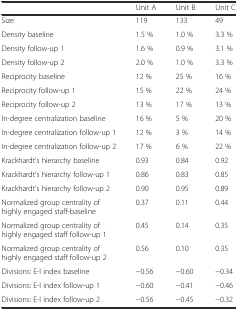
|  | Unit A | Unit B | Unit C |
 | --- | --- | --- | --- |
 | Size | 119 | 133 | 49 |
 | Density baseline | 1.5 % | 1.0 % | 3.3 % |
 | Density follow-up 1 | 1.6 % | 0.9 % | 3.1 % |
 | Density follow-up 2 | 2.0 % | 1.0 % | 3.3 % |
 | Reciprocity baseline | 12 % | 25 % | 16 % |
 | Reciprocity follow-up 1 | 15 % | 22 % | 24 % |
 | Reciprocity follow-up 2 | 13 % | 17 % | 13 % |
 | In-degree centralization baseline | 16 % | 5 % | 20 % |
 | In-degree centralization follow-up 1 | 12 % | 3 % | 14 % |
 | In-degree centralization follow-up 2 | 17 % | 6 % | 22 % |
 | Krackhardt’s hierarchy baseline | 0.93 | 0.84 | 0.92 |
 | Krackhardt’s hierarchy follow-up 1 | 0.86 | 0.83 | 0.85 |
 | Krackhardt’s hierarchy follow-up 2 | 0.90 | 0.95 | 0.89 |
 | Normalized group centrality of highly engaged staff-baseline | 0.37 | 0.11 | 0.44 |
 | Normalized group centrality of highly engaged staff follow-up 1 | 0.45 | 0.14 | 0.35 |
 | Normalized group centrality of highly engaged staff follow-up 2 | 0.56 | 0.10 | 0.35 |
 | Divisions: E-I index baseline | −0.56 | −0.60 | −0.34 |
 | Divisions: E-I index follow-up 1 | −0.60 | −0.41 | −0.46 |
 | Divisions: E-I index follow-up 2 | −0.56 | −0.45 | −0.32 |